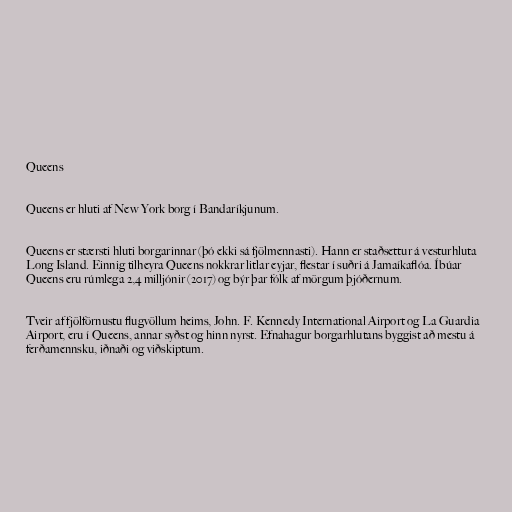
Queens

Queens er hluti af New York borg í Bandaríkjunum.

Queens er stærsti hluti borgarinnar (þó ekki sá fjölmennasti). Hann er staðsettur á vesturhluta
Long Island. Einnig tilheyra Queens nokkrar litlar eyjar, flestar í suðri á Jamaíkaflóa. Íbúar
Queens eru rúmlega 2,4 milljónir (2017) og býr þar fólk af mörgum þjóðernum.

Tveir af fjölförnustu flugvöllum heims, John. F. Kennedy International Airport og La Guardia
Airport, eru í Queens, annar syðst og hinn nyrst. Efnahagur borgarhlutans byggist að mestu á
ferðamennsku, iðnaði og viðskiptum.